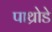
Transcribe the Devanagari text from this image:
पाथ्रोडे